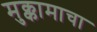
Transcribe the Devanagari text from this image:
मुक्कामाचा